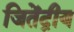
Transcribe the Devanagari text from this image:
जितेंद्रीय